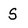
Character: S